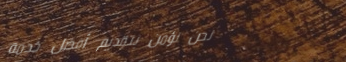
نحن نؤمن بتقديم أفضل خدمة